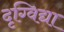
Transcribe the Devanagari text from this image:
दृग्विद्या